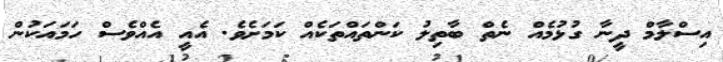
އިސްލާމް ދީނާ ގުޅުމެއް ނެތް ބާތިލު ކަންތައްތަކެއް ކަމަށެވެ. އެއީ އެއްވެސް ހަމައަކުން